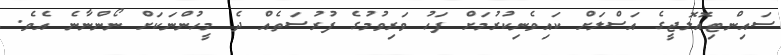
ސައިންޓިއޮލޮޖީގެ އަސްލަށް ކައިވެނިކުރުމަށް ފަހު ވަރިވުމުގެ ފުރުސަތެއް ދެ މީހުންނަކަށް ނޯންނާނެ އެވެ.